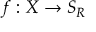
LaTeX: f : X \rightarrow S _ { R }